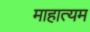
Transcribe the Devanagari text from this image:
माहात्यम